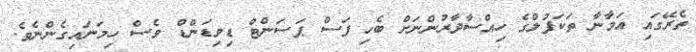
ތެރޭގައި އަމާނާ ތަކަފުލްގެ ހިއްސާދާރުންނަށް ބެހި ފަސް ޕަސަންޓް ޑިވިޑަންޑް ވެސް ހިމަނައިގެންނެވެ.